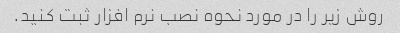
روش زیر را در مورد نحوه نصب نرم افزار ثبت کنید.